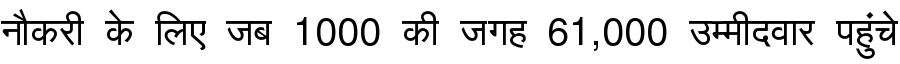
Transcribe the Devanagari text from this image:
नौकरी के लिए जब 1000 की जगह 61,000 उम्मीदवार पहुंचे